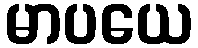
မာပယေ